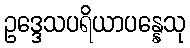
ဥဒ္ဒေသပရိယာပန္နေသု